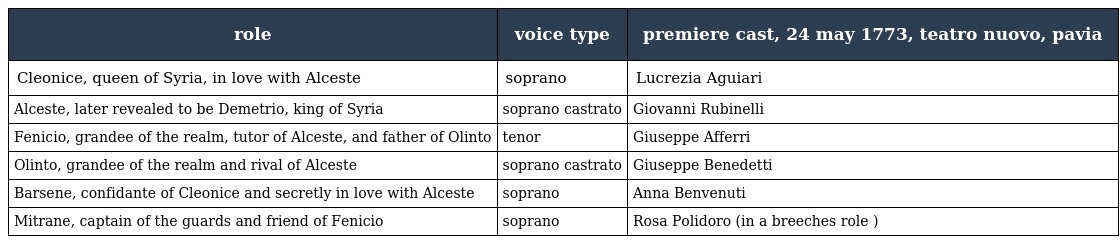
| role | voice type | premiere cast, 24 may 1773, teatro nuovo, pavia |
 | --- | --- | --- |
 | Cleonice, queen of Syria, in love with Alceste | soprano | Lucrezia Aguiari |
 | Alceste, later revealed to be Demetrio, king of Syria | soprano castrato | Giovanni Rubinelli |
 | Fenicio, grandee of the realm, tutor of Alceste, and father of Olinto | tenor | Giuseppe Afferri |
 | Olinto, grandee of the realm and rival of Alceste | soprano castrato | Giuseppe Benedetti |
 | Barsene, confidante of Cleonice and secretly in love with Alceste | soprano | Anna Benvenuti |
 | Mitrane, captain of the guards and friend of Fenicio | soprano | Rosa Polidoro (in a breeches role ) |